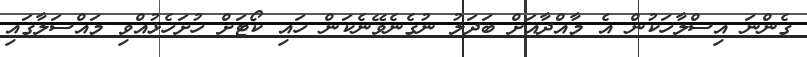
ގެންނަ އިސްލާހަކުން އެ މާއްދާއަށް ބަދަލު ނުގެނެވޭނެކަން ހައި ކޯޓަށް ހުށަހެޅުއްވި މައްސަލާގައި